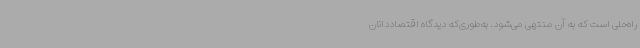
راه‌حلی است که به آن منتهی می‌شود. به‌طوری‌که دیدگاه اقتصاددانان